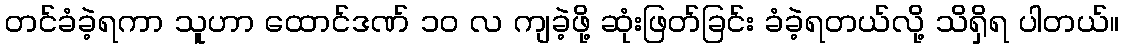
တင်ခံခဲ့ရကာ သူဟာ ထောင်ဒဏ် ၁၀ လ ကျခဲ့ဖို့ ဆုံးဖြတ်ခြင်း ခံခဲ့ရတယ်လို့ သိရှိရ ပါတယ်။